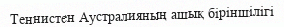
Теннистен Аустралияның ашық біріншілігі